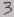
Text: 3